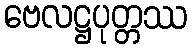
ဗေလဋ္ဌပုတ္တဿ